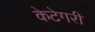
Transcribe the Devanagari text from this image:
केटेगरी